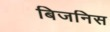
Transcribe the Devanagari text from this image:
बिजनिस